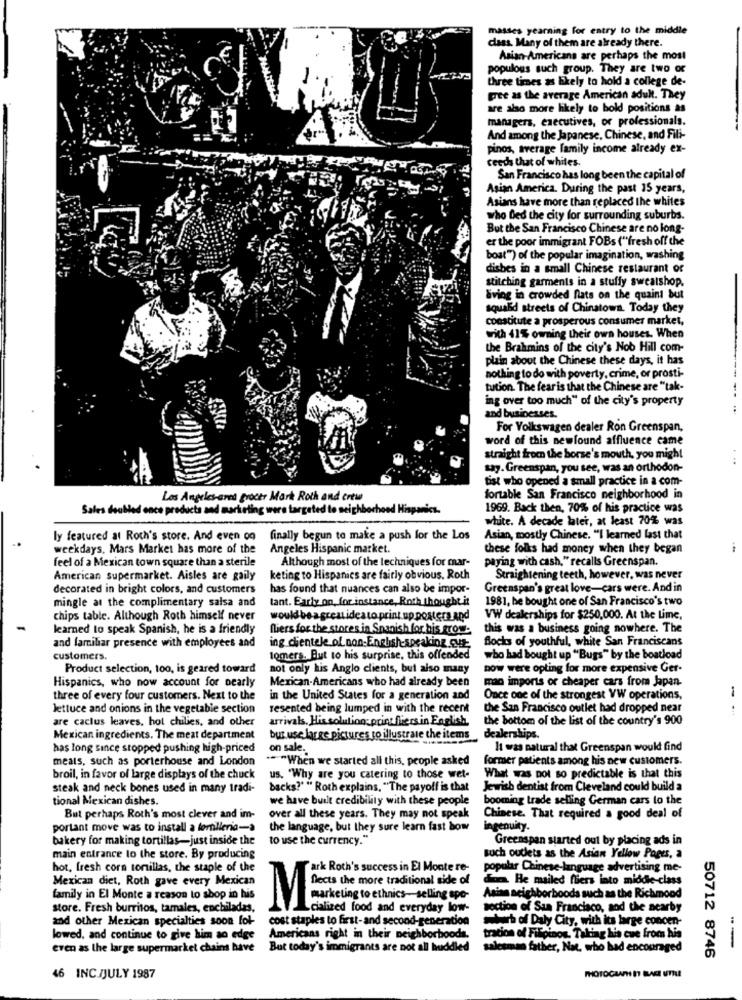
masses yearning for entry to the middle
class. Many of them are already there.
Asian-Americans are perhaps the most
populous such group. They are two or
three times as likely to hold a college de-
gree as the average American adult. They
are also more likely to hold positions as
managers, executives, or professionals.
And among the Japanese, Chinese, and Fili-
pinos, average family income already ex-
ceeds that of whites.
San Francisco has long been the capital of
Asian America. During the past 15 years,
Asians have more than replaced the whites
who Bed the city for surrounding suburbs.
But the San Francisco Chinese are no long-
er the poor immigrant FOBs ("fresh off the
boat") of the popular imagination, washing
dishes in a small Chinese restaurant or
stitching garments in a stuffy sweatshop.
Sving in crowded flats on the quaint but
squald streets of Chinatown. Today they
constitute a prosperous consumer market,
with 41% owning their own houses. When
the Brahmins of the city's Nob Hill com-
plain about the Chinese these days, it has
nothing to do with poverty, crime, or prosti-
tution. The fear is that the Chinese are "tak-
ing over too much" of the city's property
and businesses.
For Volkswagen dealer Ron Greenspan,
word of this newfound affluence came
straight from the horse's mouth, you might
say. Greenspan, you see, was an orthodon-
tist who opened a small practice in a com-
Los Angeles-area grocer Mark Roth and crew
fortable San Francisco neighborhood in
Sales doubled once products and marketing were targeted to neighbor
wood Hispanics.
1969. Back then, 70% of his practice was
white. A decade later, at least 70% was
ly featured at Roch's store. And even on
finally begun to make a push for the Los
Asian, mostly Chinese. "I learned last that
weekdays, Mars Market has more of the
Angeles Hispanic market.
these folks had money when they began
feel of a Mexican town square than a sterile
Although most of the techniques for mar-
paying with cash,"recalls Greenspan.
American supermarket. Aisles are gaily
keting to Hispanics are fairly obvious. Roth
Straightening teeth, however, was never
decorated in bright colors, and customers
has found that nuances can also be impor-
Greenspan's great love-cars were. And in
mingle at the complimentary salsa and
tant. Early on, for instance, Roth thought it
1981, be bought one of San Francisco's two
chips table. Although Roth himself never
would be a great ideato print up posters and
VW dealerships for $250,000. At the Lime,
learned to speak Spanish, he is a friendly
fliers for the stores in Spanish for bis erow-
this was a business going nowhere. The
Blocks of youthful, white San Franciscans
and familiar presence with employees and
ing dientele of non-English-speaking.cut-
customers.
tomers. But to his surprise, this offended
who had bought up "Bugs" by the boatload
Product selection, too, is geared toward
not only kis Anglo clients, but also many
now were opting for more expensive Ger-
Hispanics, who now account for nearly
Mexican-Americans who had already been
mao imports or cheaper cars from Japan.
three of every four customers. Next to the
in the United States for a generation and
Once one of the strongest VW operations,
lettuce and onions in the vegetable section
resented being lumped in with the recent
the San Francisco outlet had dropped near
are caclus leaves, hot chilies, and other
arrivals. His solution; print fliers in English.
the bottom of the list of the country's 900
Mexican ingredients. The meat department
but use large pictures to illustrate the items _ dealerships.
has long since stopped pushing high-priced
on sale.
It was natural that Greenspan would find
meals, such as porterhouse and London
*** When we started all this, people asked
former patients among his new customers.
broil, in favor of large displays of the chuck
us. "Why are you catering to those wet-
What was not so predictable is that this
steak and neck bones used in many tradi-
backs?" " Roth explains, "The payoff is that
Jewish dentist from Cleveland could build a
tional Mexican dishes.
we have built credibility with these people
booming trade selling German cars lo the
But perhaps Roth's most clever and im-
over all these years. They may not speak
Chinese. That required a good deal of
portant move was to install a forlleria-à
the language, but they sure learn fast bow
ingenuity.
bakery for making tortillas-just inside the
to use the currency."
Greenspan started out by placing ads in
main entrance to the store. By producing
such oudets as the Asian Yellow Pages, a
hot, fresh corn tortillas, the staple of the
ark Roth's success in El Monte re-
popular Chinese-language advertising me-
Mexican diet, Roth gave every Mexican
fects the more traditional side of
da He mailed fliers into middle-class
family in El Monte a reason to shop in his
Asian neighborhoods such as the Richmond
store. Fresh burritos, tamales, enchiladas,
MENSing to ethnic -selling ope-
Lcialized food and everyday low-
section of San Francisco, aod the nearby
and other Mexican specialties soon fol-
cost staples to first-and second-generation
stub of Daly City, with its large concen-
lowed, and continue to give him ao edge
Americans right in their neighborhoods.
tracion of Filipinos. Taking his cue from his
even as the large supermarket chains have
But today's immigrants are not all huddled
salesman father, Nat, who had encouraged
--
50712 8746
46 INC./JULY 1987
PHOTOCAANNI N BARE UTILE